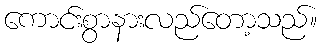
ကောင်းစွာနားလည်တော့သည်။